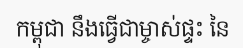
កម្ពុជា នឹងធ្វើជាម្ចាស់ផ្ទះ នៃ